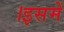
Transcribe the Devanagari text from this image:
।इसमें